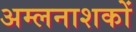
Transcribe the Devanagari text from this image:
अम्लनाशकों